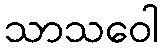
သာသဝေါ